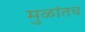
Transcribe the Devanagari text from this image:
मुळांतच